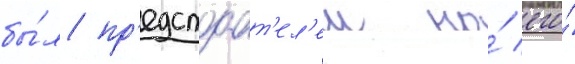
бы́л пр'едстоат'ел'ем на́ его́